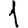
Digit: 1